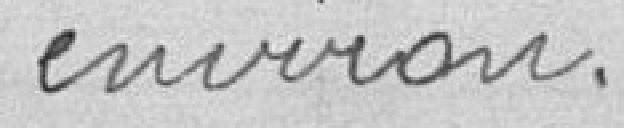
environ.